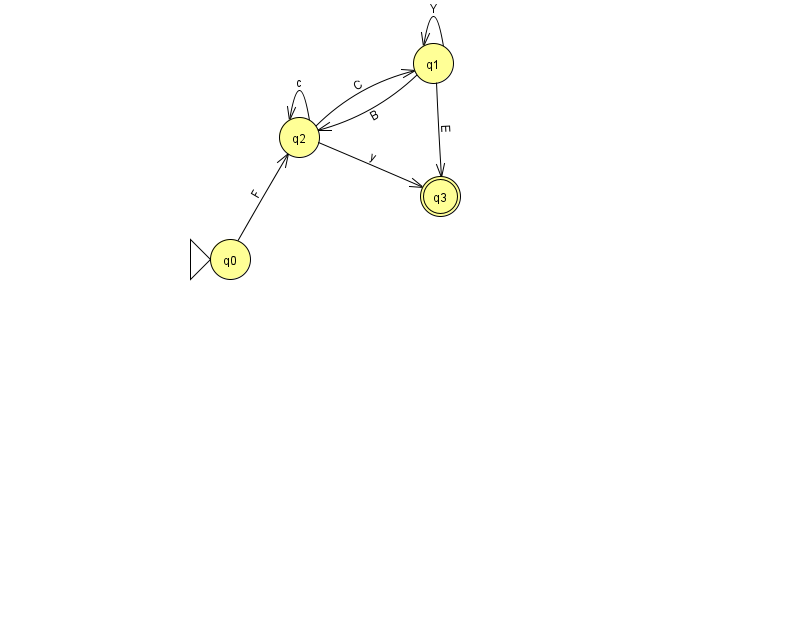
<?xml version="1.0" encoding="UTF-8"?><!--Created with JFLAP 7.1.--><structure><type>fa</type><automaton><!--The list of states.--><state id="0" name="q0"><x>230.0</x><y>246.0</y><initial/></state><state id="1" name="q1"><x>433.0</x><y>50.0</y></state><state id="2" name="q2"><x>299.0</x><y>124.0</y></state><state id="3" name="q3"><x>440.0</x><y>183.0</y><final/></state><!--The list of transitions.--><transition><from>2</from><to>2</to><read>c</read></transition><transition><from>2</from><to>3</to><read>y</read></transition><transition><from>0</from><to>2</to><read>F</read></transition><transition><from>1</from><to>1</to><read>Y</read></transition><transition><from>1</from><to>3</to><read>E</read></transition><transition><from>2</from><to>1</to><read>C</read></transition><transition><from>1</from><to>2</to><read>B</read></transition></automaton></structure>